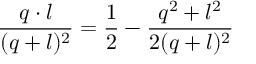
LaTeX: { \frac { q \cdot l } { ( q + l ) ^ { 2 } } } = { \frac { 1 } { 2 } } - { \frac { q ^ { 2 } + l ^ { 2 } } { 2 ( q + l ) ^ { 2 } } }